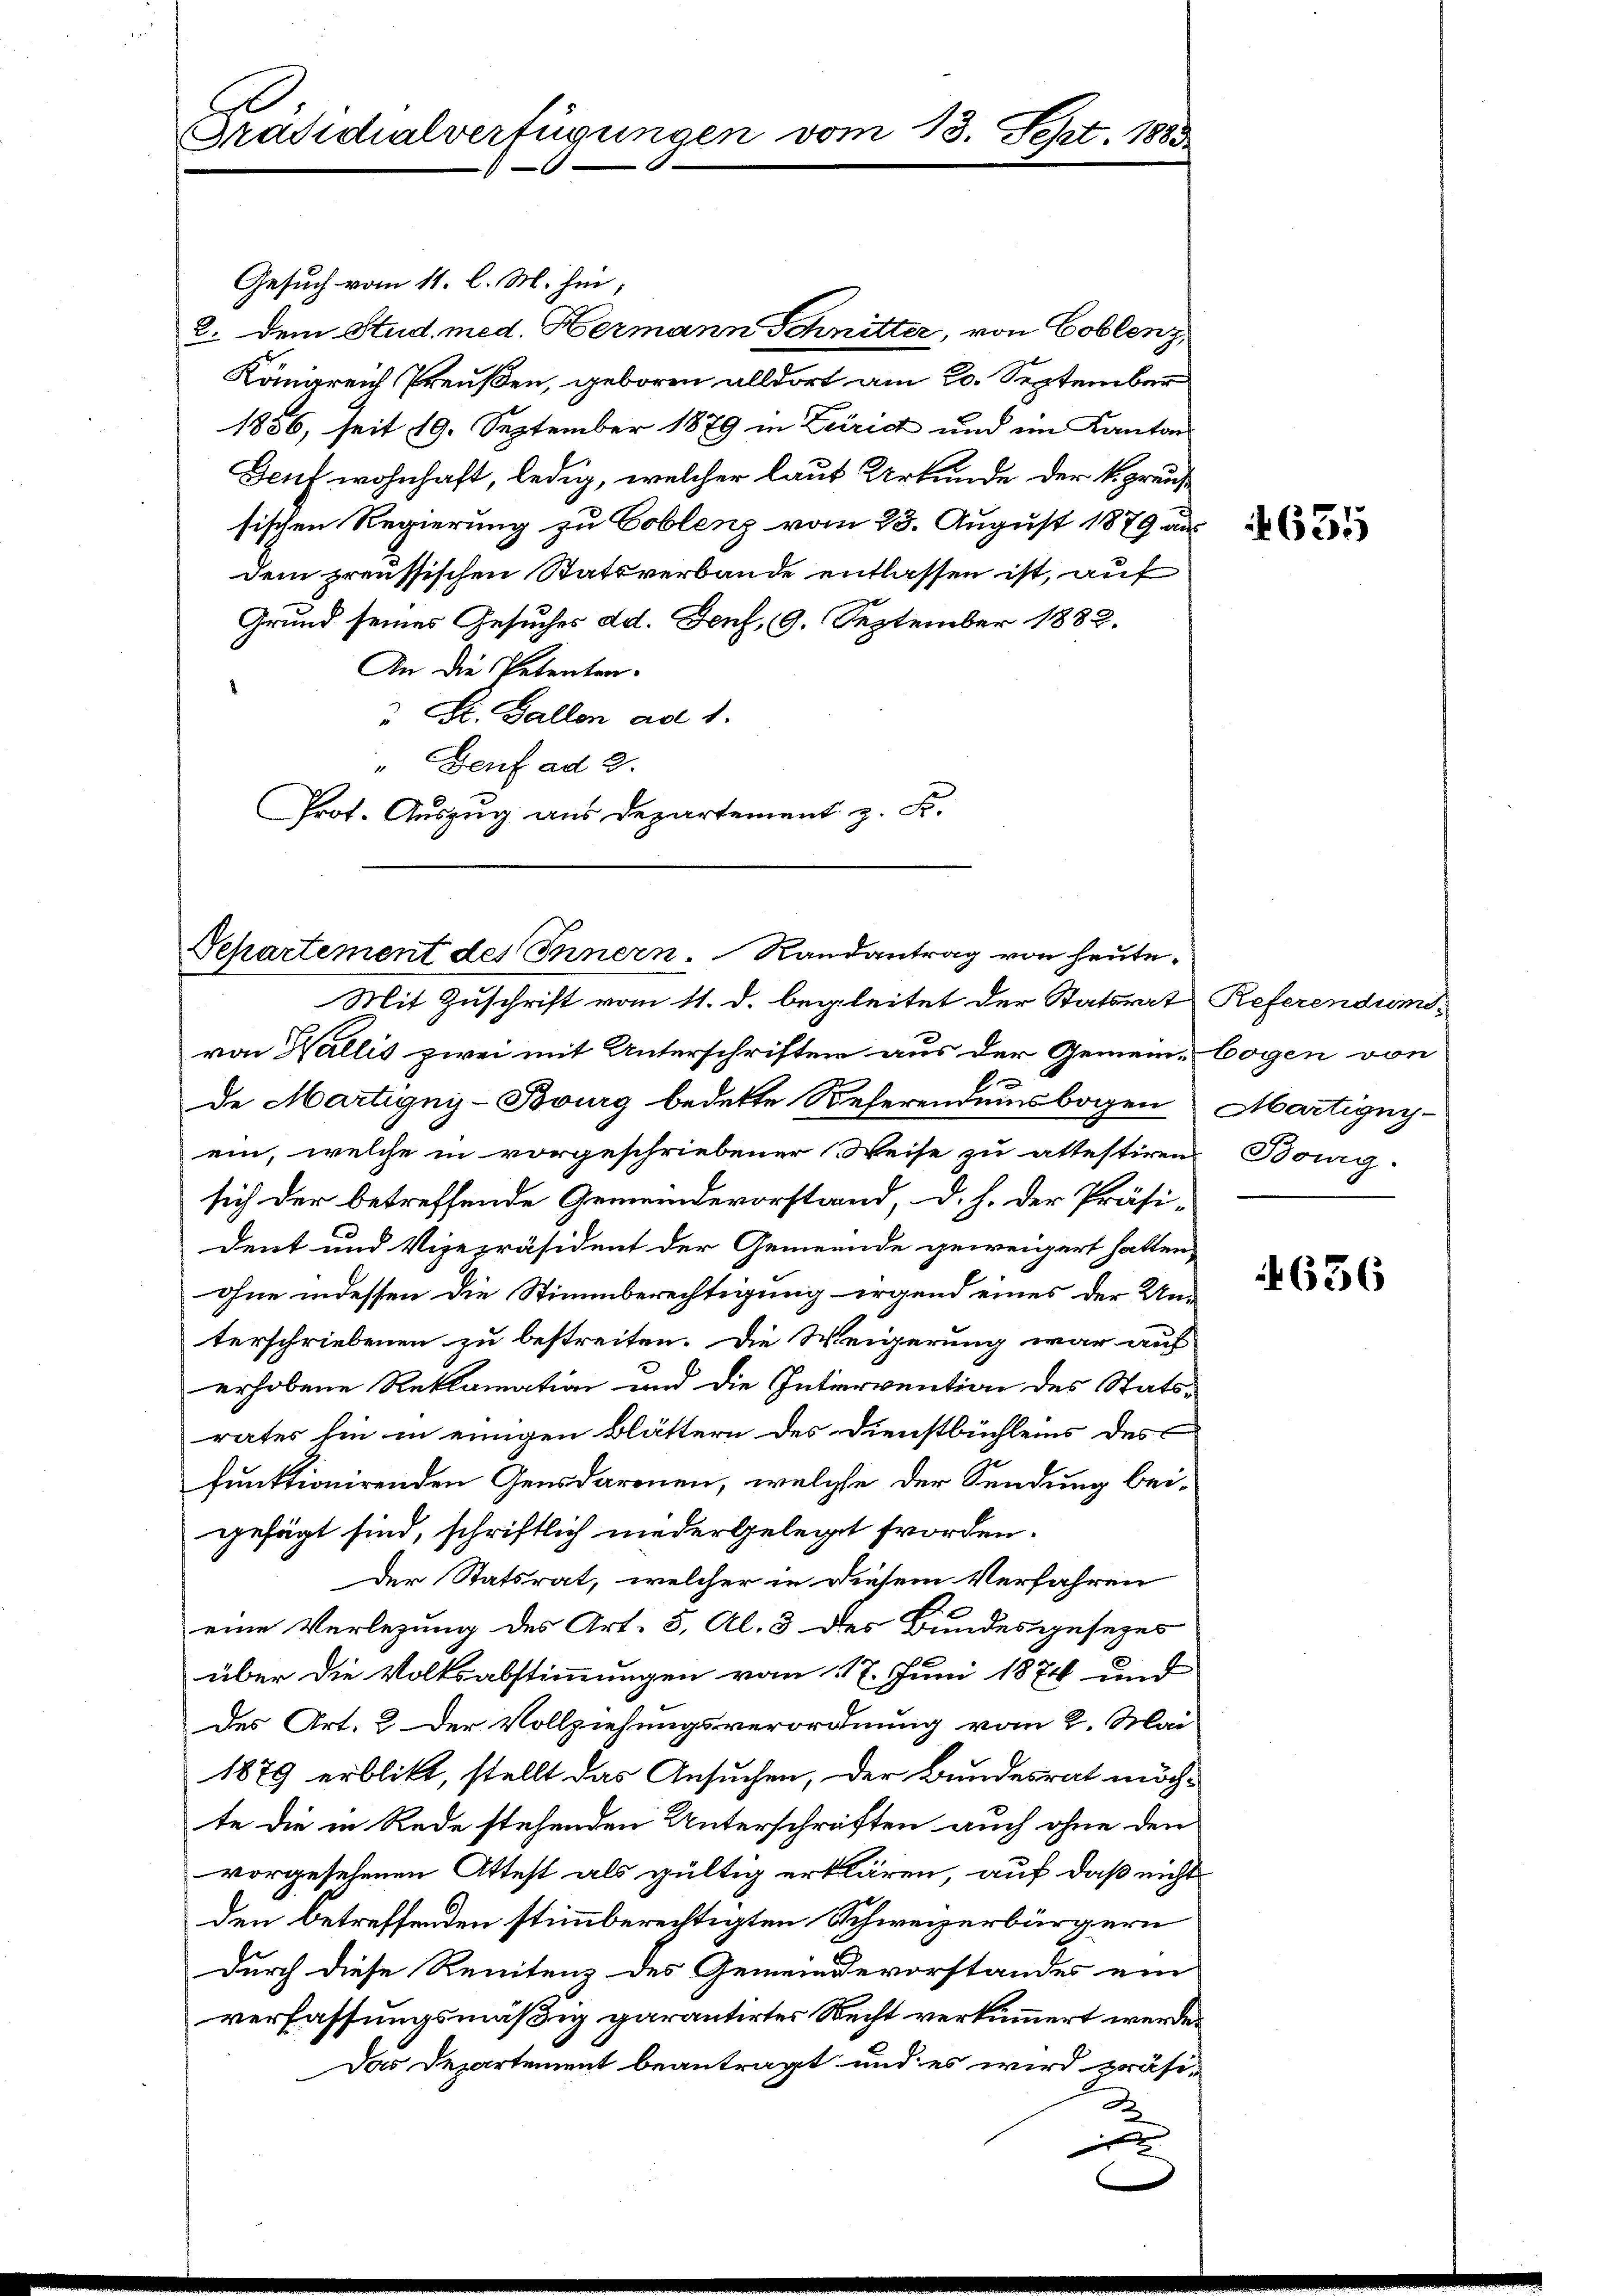
Präsidialverfügungen vom 13. Sept. 188.

Gesuch vom 11. l. M. hin,
8. dem Stud. med. Hermann Schnitter, von Coblenz,
Königreich Preußen, geboren alldort am 20. September
1886, seit 19. September 1879 in Zürich und im Kanton
Genf wohnhaft, ledig, welcher laut Urkunde der kraus
sischen Regierung zu Coblenz vom 23. August 1879 aus
dem preussischen Statsverbande entlassen ist, auf
Grund seines Gesuches dd. Genf, 19. September 1882.
An die Petentra¬
St. Gallen ad 1.
" Genf ad 2.
Prot. Auszug aus Departement z. Fr.

Separtement des Innern. Randantrag von heute¬

Mit Zuschrift vom 11. d. begleitet der Statsrat Referendumsvon Wallis zwei mit Unterschriften aus der Gemein-Cogen von
de Martignis-Bourg bedekte Referendumsbogen Martigny-
ein, welche in vorgeschriebener Weise zu attestiren Borg-
sich der betreffende Gemeindevorstand, d. h. der Präsident und Vizepräsident der Gemeinde geweigert hatten,
ohne indessen die Stimmberechtigung irgend eines der Un-
terschriebenen zu bestreiten. Die Weigerung war auf
erhobene Reklamation und die Intervention des Stats-
rates hin in einigen Blättern des Dienstbüchleins des
funktionirenden Gensdarmen, welche der Sendung bei-
gefügt sind, schriftlich niedergelegt worden.
Der Statsrat, welcher in diesem Verfahren
eine Verlegung des Art. 5, Al. 3 des Bundesgesezes
über die Volksabstimmungen vom 117. Juni 1874 und
des Art. 2 der Vollziehungsverordnung vom 2. Mai
1879 erblikt, stellt das Ansuchen, der Bundesrat möch-
te die in Rede stehenden Unterschriften auch ohne den
vorgesehenen Attest als gültig erklären, auf daß nicht
den betreffenden stimmberechtigten Schweizerbürgern
durch diese Renitenz des Gemeindevorstandes ein
verfassungsmäßig garantirtes Recht verkümmert werde.
Das Departement beantragt und es wird präsi-
u

4635

4636